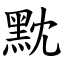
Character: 黕